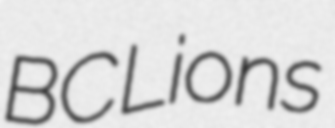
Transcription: BC Lions